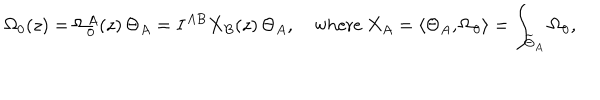
\Omega _ { 0 } ( z ) = \Omega _ { 0 } ^ { A } ( z ) \, \Theta _ { A } = I ^ { A B } X _ { B } ( z ) \, \Theta _ { A } , \quad \mathrm { w h e r e ~ } X _ { A } = \langle \Theta _ { A } , \Omega _ { 0 } \rangle = \int _ { \widetilde { \Theta } _ { A } } \Omega _ { 0 } ,